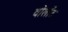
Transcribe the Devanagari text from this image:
वोलोंट